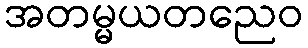
အတမ္မယတညေဝ